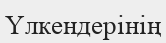
Үлкендерінің